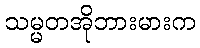
သမ္မတအိုဘားမားက